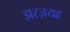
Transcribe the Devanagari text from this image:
झरज़यह